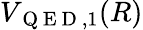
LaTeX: V_{\mathrm{~Q~E~D~},1}(R)